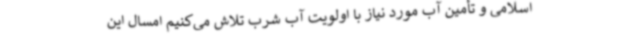
اسلامی و تأمین آب مورد نیاز با اولویت آب شرب تلاش می‌کنیم امسال این